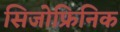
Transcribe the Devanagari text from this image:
सिजोफ्रिनिक